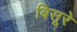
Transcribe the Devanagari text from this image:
बिसूरे